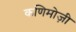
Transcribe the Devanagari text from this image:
कणिमोज़ी